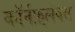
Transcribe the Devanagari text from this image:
कॉर्नफ़्लेक्स